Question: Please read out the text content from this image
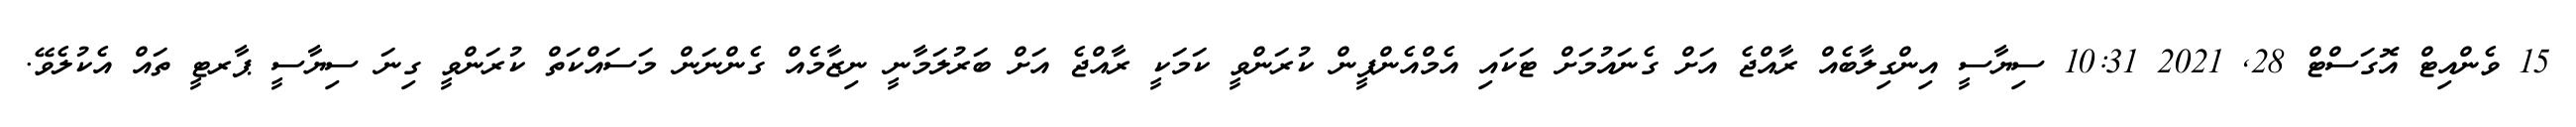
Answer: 15 ވެންއިޓް އޮގަސްޓް 28, 2021 10:31 ސިޔާސީ އިންގިލާބެއް ރާއްޖެ އަށް ގެނައުމަށް ޓަކައި އެމްއެންޕީން ކުރަންވީ ކަމަކީ ރާއްޖެ އަށް ބަރުލަމާނީ ނިޒާމެއް ގެންނަން މަސައްކަތް ކުރަންވީ ގިނަ ސިޔާސީ ޕާރޓީ ތައް އެކުލެވޭ.